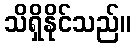
သိရှိနိုင်သည်။